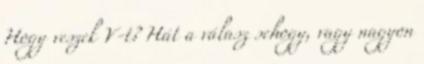
Hogy veszek V-t? Hát a válasz sehogy, vagy nagyon